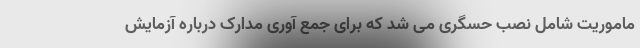
ماموریت شامل نصب حسگری می شد که برای جمع آوری مدارک درباره آزمایش